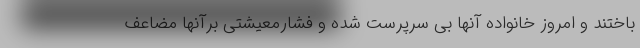
باختند و امروز خانواده آنها بی سرپرست شده و فشارمعیشتی برآنها مضاعف